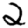
Digit: 2